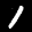
Label: 1